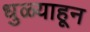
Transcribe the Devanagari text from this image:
धुळ्याहून